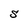
Character: S